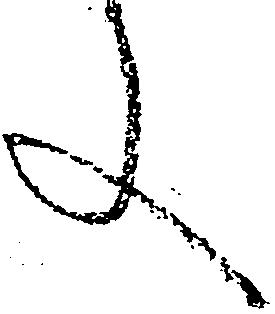
文